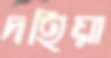
দহিয়া